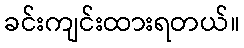
ခင်းကျင်းထားရတယ်။